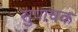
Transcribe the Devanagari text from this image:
सुपाचक